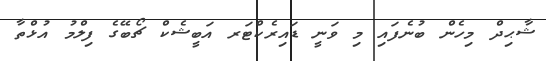
ޝާޙިދް މިހެން ބުނެފައި މި ވަނީ ޑައިރެކްޓަރ އަބީޝެކް ޗޯބޭގެ ފިލްމު އުޅްތާ